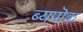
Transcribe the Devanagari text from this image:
ब्यपॊक